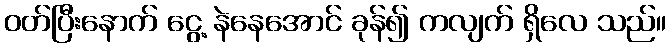
ဝတ်ပြီးနောက် ငွေ့ နဲနေအောင် ခုန်၍ ကလျက် ရှိလေ သည်။